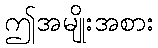
ဤအမျိုးအစား